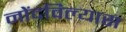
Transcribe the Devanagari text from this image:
नोंदविल्यास